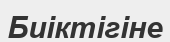
Биіктігіне